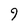
Character: 9